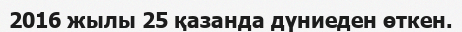
2016 жылы 25 қазанда дүниеден өткен.